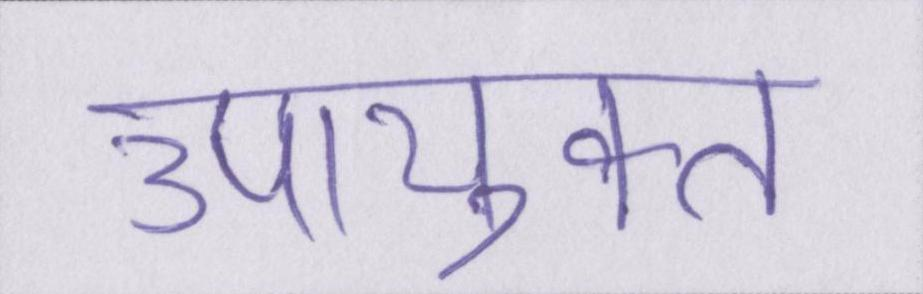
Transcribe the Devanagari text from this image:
उपायुक्त